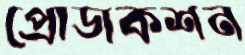
প্রোডাকশন